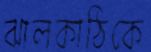
ঝালকাঠিকে